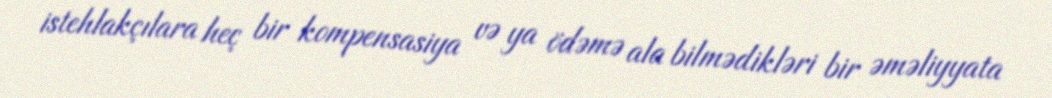
istehlakçılara heç bir kompensasiya və ya ödəmə ala bilmədikləri bir əməliyyata